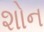
શોન